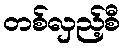
တစ်လှည့်စီ